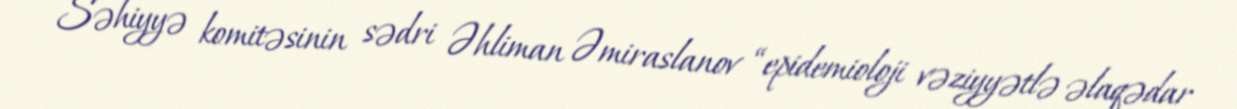
Səhiyyə komitəsinin sədri Əhliman Əmiraslanov “epidemioloji vəziyyətlə əlaqədar